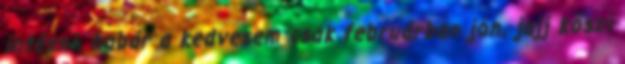
intézni, habár a kedvesem csak februárban jön. jajj köszi